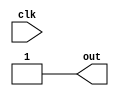
module initial_block_with_delay(
    input wire clk,
    output reg out
);

initial begin
    #10; // Delay of 10 time units
    out <= 1;
end

always @(posedge clk) begin
    // Other logic here
end
    
endmodule